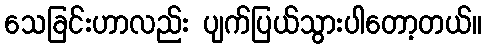
သေခြင်းဟာလည်း ပျက်ပြယ်သွားပါတော့တယ်။